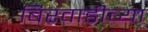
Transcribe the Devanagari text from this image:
बिरवाडीच्या